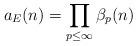
LaTeX: \begin{align*} a_{E}(n) = \prod_{p \leq \infty} \beta_{p}(n)\end{align*}